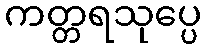
ကတ္တရသုပ္ပေ